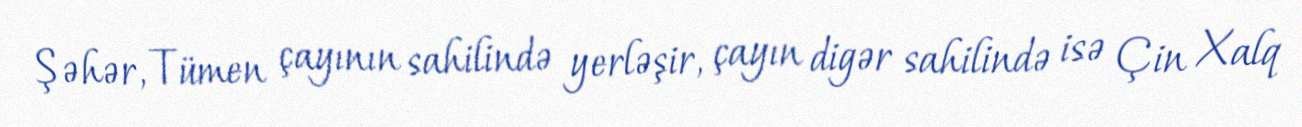
Şəhər, Tümen çayının sahilində yerləşir, çayın digər sahilində isə Çin Xalq